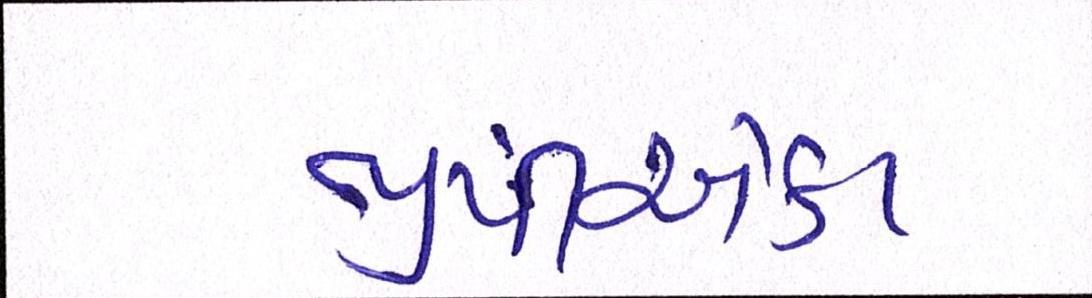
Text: જીપીએકટ